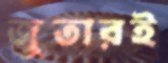
জুতারই